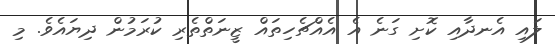
ލައި އެނދާއި ކޮށި ގަނެ އެ އެއްޗެހިތައް ޒީނަތްތެރި ކުރަމުން ދިޔައެވެ. މި